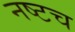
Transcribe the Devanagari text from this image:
नष्टच